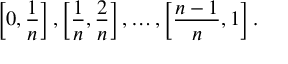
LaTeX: \left[ 0 , { \frac { 1 } { n } } \right] , \left[ { \frac { 1 } { n } } , { \frac { 2 } { n } } \right] , \ldots , \left[ { \frac { n - 1 } { n } } , 1 \right] .